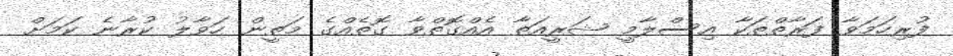
ފުރިހަމަވާ ފަރާތްތަކާ އިސްލާމީ ޝަރީއަތާ އެއްގޮތްވާ ގޮތެއްގެ މަތީން ހަވާލު ކުރާނެ ކަމަށް